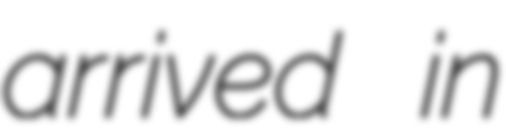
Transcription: arrived in